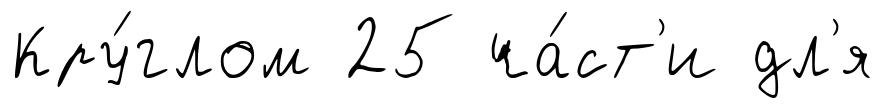
Кру́глом 25 ча́ст'и дл'я